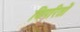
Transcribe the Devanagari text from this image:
विपरितों